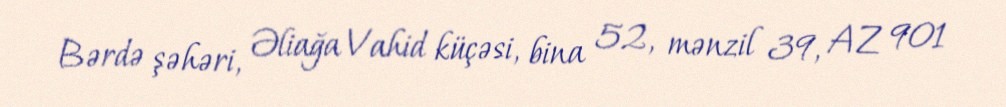
Bərdə şəhəri, Əliağa Vahid küçəsi, bina 52, mənzil 39, AZ 901